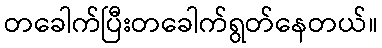
တခေါက်ပြီးတခေါက်ရွတ်နေတယ်။